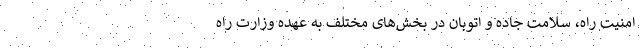
امنیت راه، سلامت جاده و اتوبان در بخش‌های مختلف به عهده وزارت راه